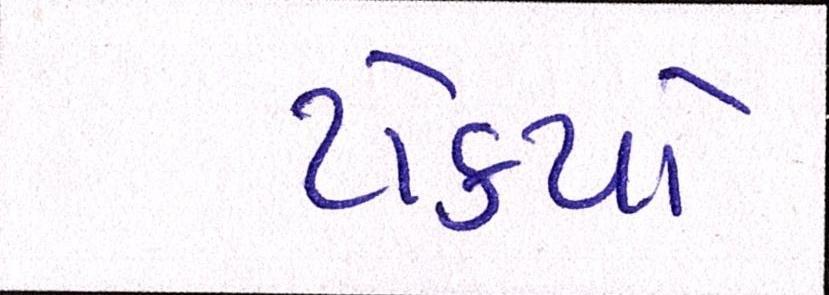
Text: ટોક્યો